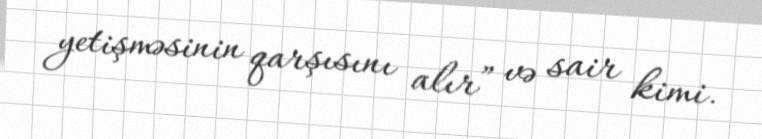
yetişməsinin qarşısını alır” və sair kimi.